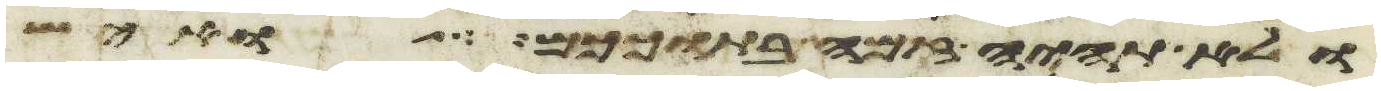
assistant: ולא תהיה זמה בתוככם ואיש